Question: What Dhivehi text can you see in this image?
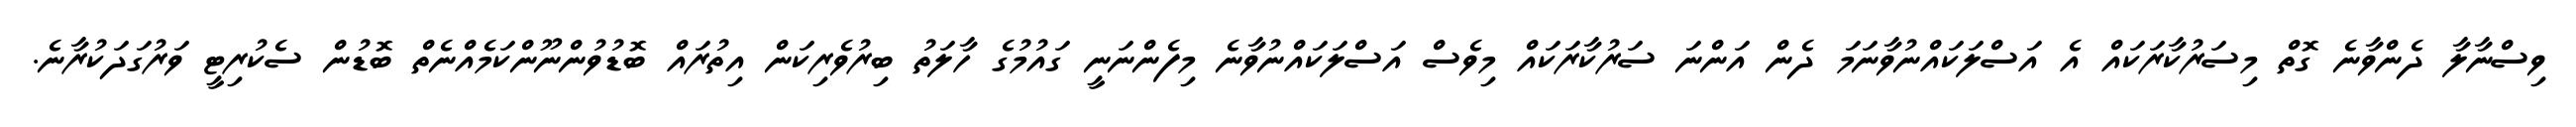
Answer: ވިސްނާލާ ދެންވާނެ ގޮތް މިސަރުކާރަކައް އެ އަސްލަކައްނުވާނަމަ ދެން އަންނަ ސަރުކާރަކައް މިވެސް އަސްލަކައްނުވާނެ މިފެންނަނީ ގައުމުގެ ހާލަތު ބިރުވެރިކަން އިތުރައް ބޮޑުވުންނޫންކަމެއްނެތް ބޮޑުން ސެކުރިޓީ ވަރުގަދަކުރާނެ.